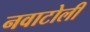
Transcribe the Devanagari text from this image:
नवाटोली